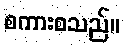
စကားစသည်။